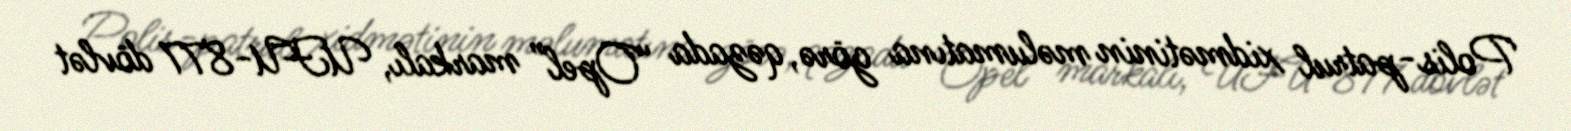
Polis-patrul xidmətinin məlumatına görə, qəzada “Opel” markalı, UFU-877 dövlət